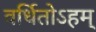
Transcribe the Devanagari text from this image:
वर्धितोऽहम्‌